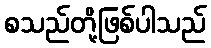
စသည်တို့ဖြစ်ပါသည်